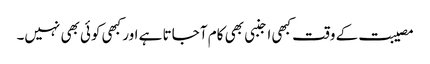
مصیبت کے وقت کبھی اجنبی بھی کام آ جاتا ہے اور کبھی کوئی بھی نہیں۔